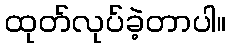
ထုတ်လုပ်ခဲ့တာပါ။